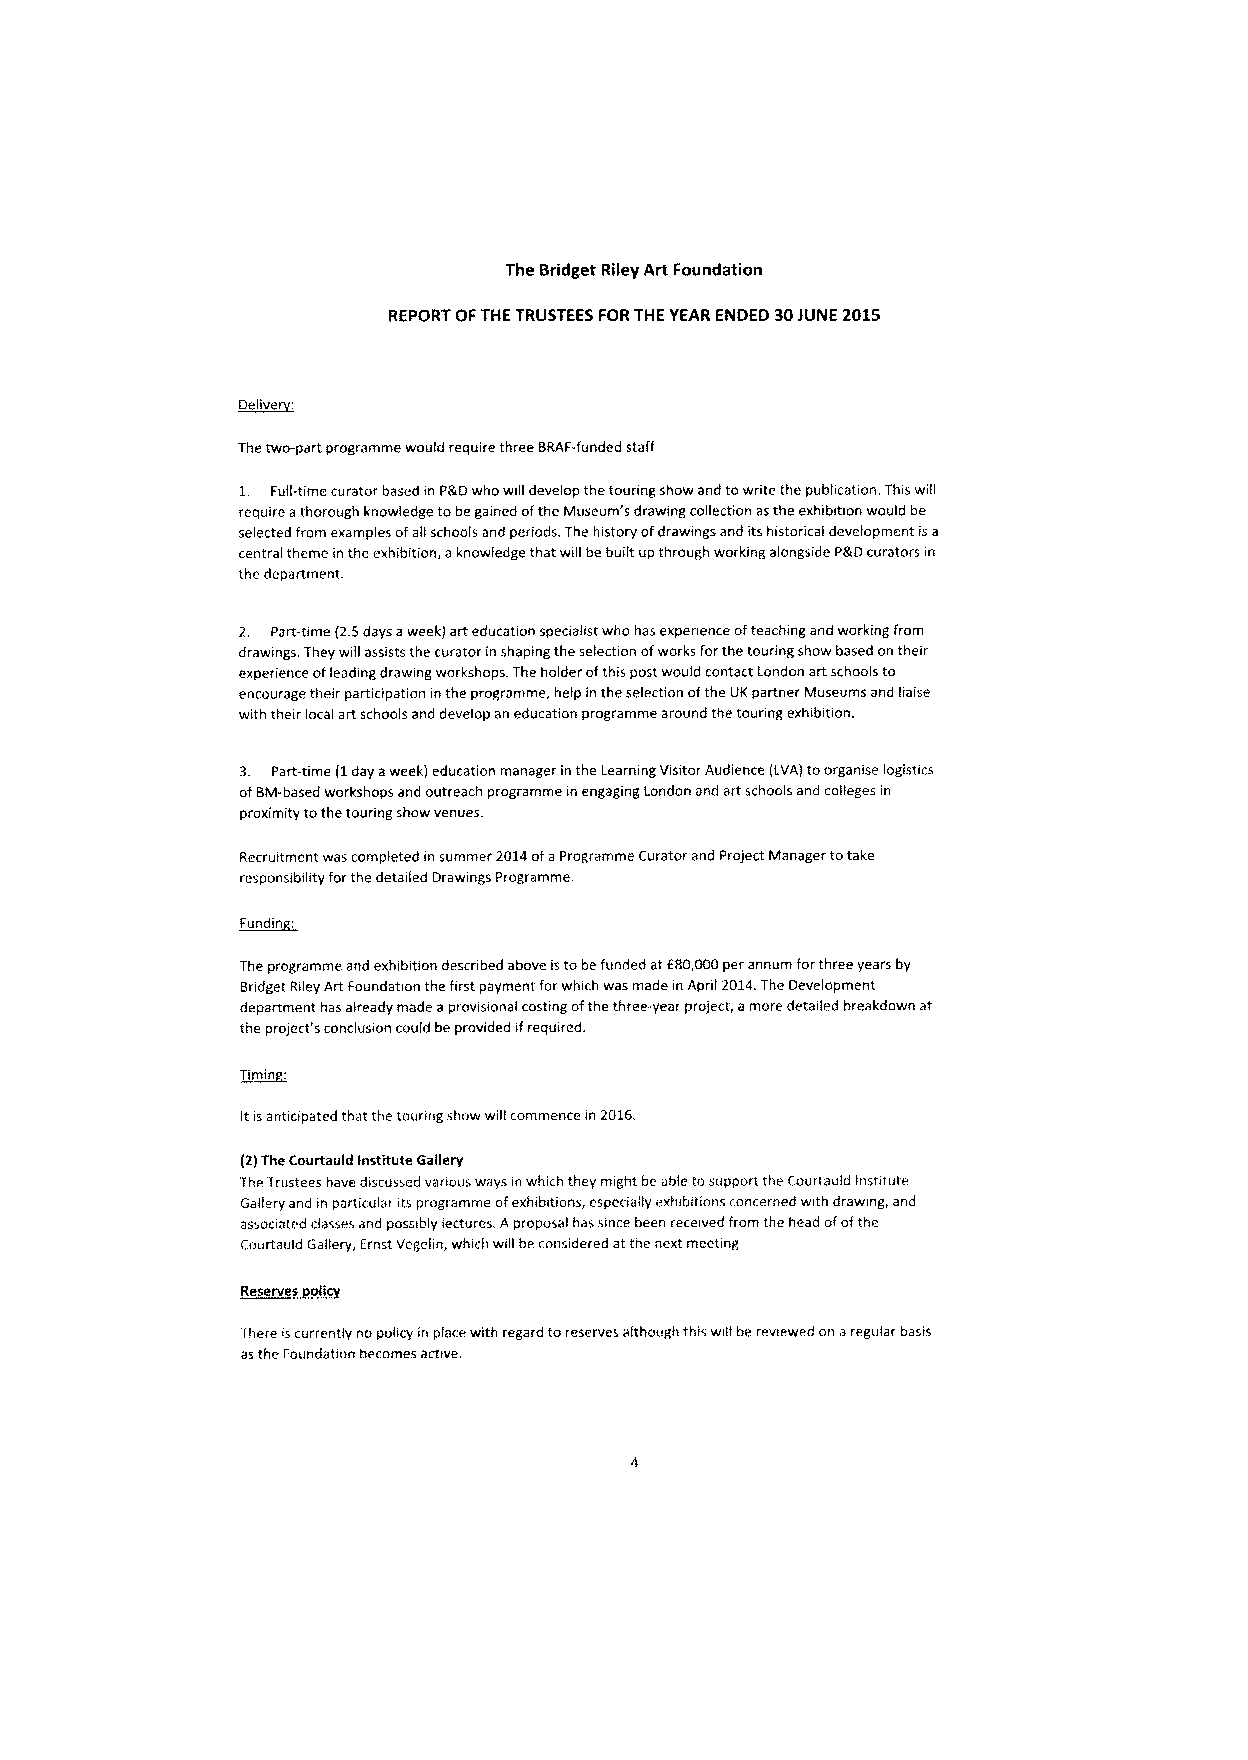
The Bridget Riley A*Foundation
 REPORT OFTHETRUSTEES FORTHE YEAR ENDED 30JUNE 2015
 Delivere:
 Thetwo-part programme would require three BRAF-funded staff
 1. Full-time curator based in P&Dwho will develop the tounng show and towrite the publication. This will
 require athorough knowledge tobegained ofthe Museum's drawing collection asthe exhibition would be
 selected from examples ofall schools and periods. The history ofdrawings and itshistorical development isa
 central theme inthe exhibition, aknowledge that will be built up through working alongside PgDcurators in
 the department.
 2. Part-time (2.5days aweek) art education specialist who has experience ofteaching and working from
 drawings. They will assists the curator inshaping the selection ofworks forthe touring show based on their
 experience ofleading drawing workshops. The holder ofthis post would contact London art schools to
 encourage their participation inthe programme, help inthe selection ofthe DKpartner Museums and liaise
 with their local art schools and develop an education programme around the touring exhibition.
 3. Part-time (1day aweek) education manager inthe Learning Visitor Audience (LVA)toorganise logistics
 ofBM-based workshops and outreach programme in engaging London and art schools and colleges in
 proximity tothe touring show venues.
 Recruitment was completed insummer 2014ofaProgramme Curator and Project Manager totake
 responsibility forthe detailed Drawings Programme.
 din:
 ~Fun
 The programme and exhibition described above istobefunded atf80,000per annum forthree years by
 Bridget Riley Art Foundation the first payment forwhich was made inApril 2014.The Development
 department has already made aprovisional costing ofthe three-year project, amore detailed breakdown at
 the project's conclusion could beprovided ifrequired.
 T~imin:
 Itisantiripated that the touring show will commence in 2016.
 (2)The Courtauld Institute Gallery
 TheTrustees have discussed various ways inwhich they might beable tosupport the Courtaufd Institute
 Gallery and in particular its programme ofexhibitions, especiagy exhibitions concerned with drawing, and
 assooated classes and possibly lectures. Aproposal has since been recewed from the head ofofthe
 Courtauld Gallery, Frost Vegelin, which will beconsidered atthe next meeting.
 There iscurrently no policy in place with regard toreserves although this will be reviewed on aregular basis
 asthe Foundation becomes active.